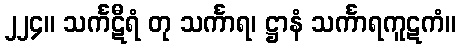
၂၂၄။ သင်္ကဋီရံ တု သင်္ကာရ၊ ဋ္ဌာနံ သင်္ကာရကူဋကံ။